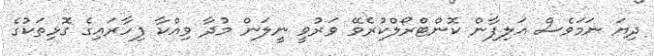
ދިޔަ ނަމަވެސް އަލިފާން ކޮންޓްރޯލްކުރެވޭ ވަރުވީ ނީލަން މުދާ ވިއްކާ ފިހާރައިގެ ގޮޅިތަކުގެ